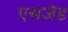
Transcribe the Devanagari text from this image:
एसजेड